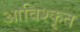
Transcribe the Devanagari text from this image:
आविश्कृत